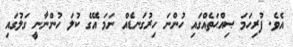
އެވެ. ފުރިހަމަ ޞިއްޙަތެއްގައި ހުންނަ ހިރުގަނޑެއް ނަމަ އޭގެ ކުލަ ހުންނާނީ ގަލުގައި